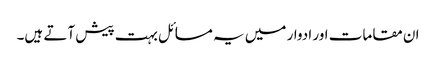
ان مقامات اور ادوار میں یہ مسائل بہت پیش آتے ہیں۔